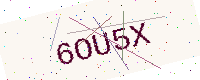
Text: 6OU5X